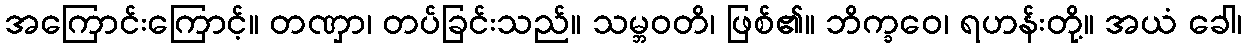
အကြောင်းကြောင့်။ တဏှာ၊ တပ်ခြင်းသည်။ သမ္ဘဝတိ၊ ဖြစ်၏။ ဘိက္ခဝေ၊ ရဟန်းတို့။ အယံ ခေါ၊